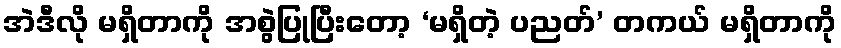
အဲဒီလို မရှိတာကို အစွဲပြုပြီးတော့ ‘မရှိတဲ့ ပညတ်’ တကယ် မရှိတာကို